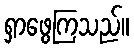
ရှာဖွေကြသည်။